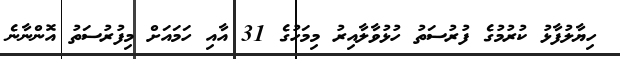
ހިޔާލުފާޅު ކުރުމުގެ ފުރުސަތު ހުޅުވާލާއިރު މިމަހުގެ 31 އާއި ހަމައަށް މިފުރުސަތު އޮންނާނެ